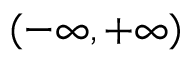
( - \infty , + \infty )